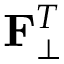
\mathbf { F } _ { \bot } ^ { T }